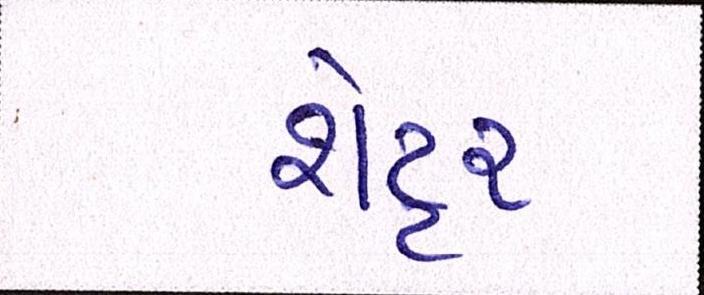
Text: શેટ્ટર